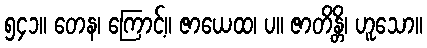
၅၄၁။ တေန၊ ကြောင့်။ ဇာယေထ၊ ပ။ ဇာတိန္တိ၊ ဟူသော။